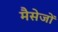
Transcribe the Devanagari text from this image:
मैसेजों